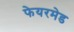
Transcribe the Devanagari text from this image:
फेयरमेड